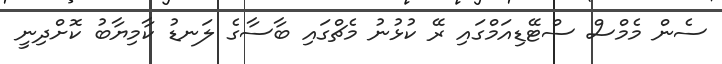
ސެން މެމްސް ސްޓޭޑިއަމްގައި ރޭ ކުޅުނު މެޗްގައި ބާސާގެ ލަނޑު ކާމިޔާބު ކޮށްދިނީ